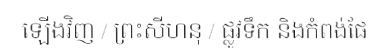
ឡើងវិញ / ព្រះសីហនុ / ផ្លូវទឹក និងកំពង់ផែ